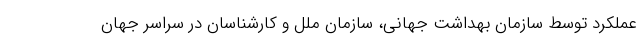
عملکرد توسط سازمان بهداشت جهانی، سازمان ملل و کارشناسان در سراسر جهان